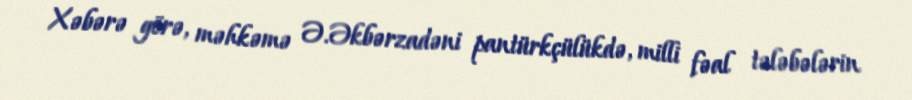
Xəbərə görə, məhkəmə Ə.Əkbərzadəni pantürkçülükdə, milli fəal tələbələrin